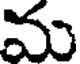
మ